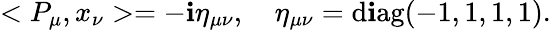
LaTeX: <P_{\mu},x_{\nu}>=-\mathbf{i}\eta_{\mu\nu},\quad\eta_{\mu\nu}=\mathrm{{d\mathbf{i}ag}}(-1,1,1,1).